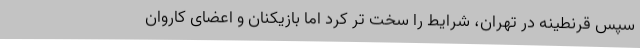
سپس قرنطینه در تهران، شرایط را سخت تر کرد اما بازیکنان و اعضای کاروان